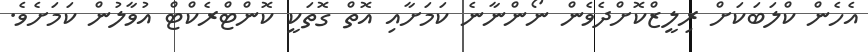
އެހެން ކްލަބަކަށް ރިލީޒްކޮށްދެވެން ނޯންނާނެ ކަމަށާއި އޮތް ގޮތަކީ ކޮންޓްރެކްޓް އުވާލުން ކަމަށެވެ.